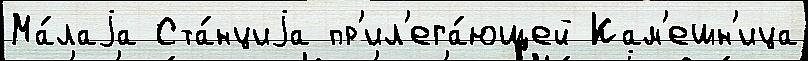
Ма́лаjа Ста́нциjа пр'ил'ега́ющей Кам'ешн'ица